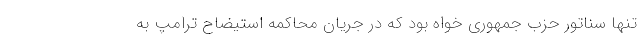
تنها سناتور حزب جمهوری خواه بود که در جریان محاکمه استیضاح ترامپ به